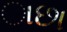
ાછા